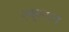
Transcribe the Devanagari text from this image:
एक्सएन